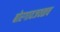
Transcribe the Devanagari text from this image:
बोरगावजवळच